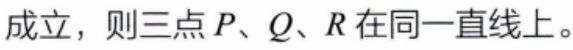
成立，则三点\(P、Q、R\)在同一直线上。